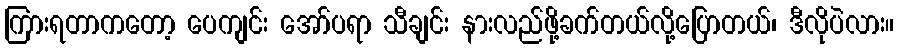
ကြားရတာကတော့ ပေကျင်း အော်ပရာ သီချင်း နားလည်ဖို့ခက်တယ်လို့ပြောတယ်၊ ဒီလိုပဲလား။